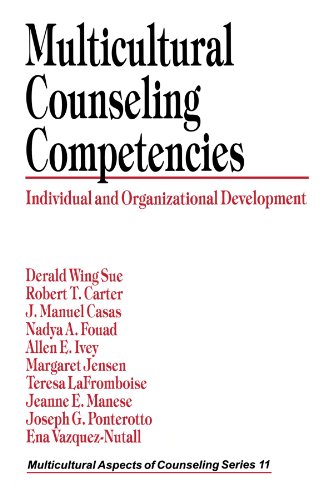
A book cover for Multicultural Counseling Competencies: Individual and Organizational Development (Multicultural Aspects of Counseling And Psychotherapy); Derald Wing Sue; Medical Books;